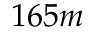
1 6 5 m